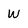
Character: W